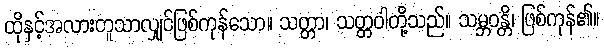
ထိုနှင့်အလားတူသာလျှင်ဖြစ်ကုန်သော။ သတ္တာ၊ သတ္တဝါတို့သည်။ သမ္ဘဝန္တိ၊ ဖြစ်ကုန်၏။